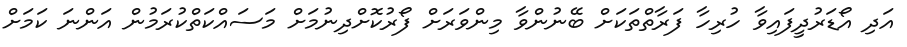
އަދި އޯޑަރުދީފައިވާ ހުރިހާ ފަރާތްތަކަށް ބޭނުންވާ މިންވަރަށް ފޯރުކޮށްދިނުމަށް މަސައްކަތްކުރަމުން އަންނަ ކަމަށް